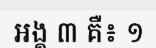
អង្គ ៣ គឺ៖ ១